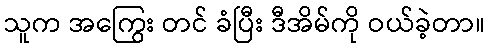
သူက အကြွေး တင် ခံပြီး ဒီအိမ်ကို ဝယ်ခဲ့တာ။